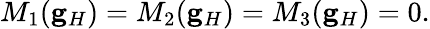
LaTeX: M_{1}(\mathbf{g}_{H})=M_{2}(\mathbf{g}_{H})=M_{3}(\mathbf{g}_{H})=0.